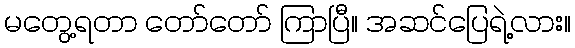
မတွေ့ရတာ တော်တော် ကြာပြီ။ အဆင်ပြေရဲ့လား။